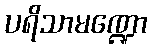
ပရိသာမဏ္ဍော